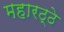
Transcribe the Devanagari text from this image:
महारठ्ठे